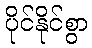
ပိုင်နိုင်စွာ